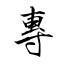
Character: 專